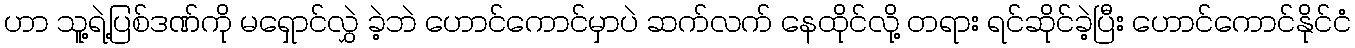
ဟာ သူ့ရဲ့ပြစ်ဒဏ်ကို မရှောင်လွှဲ ခဲ့ဘဲ ဟောင်ကောင်မှာပဲ ဆက်လက် နေထိုင်လို့ တရား ရင်ဆိုင်ခဲ့ပြီး ဟောင်ကောင်နိုင်ငံ